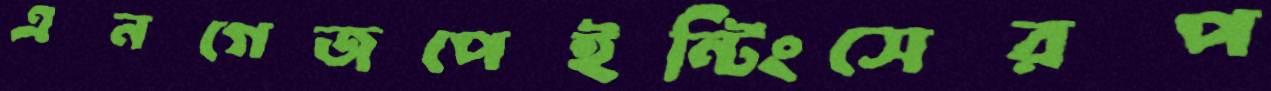
এনগেজপেইন্টিংসেরপ